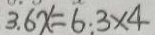
3 . 6 x = 6 . 3 \times 4